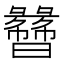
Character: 𬁯